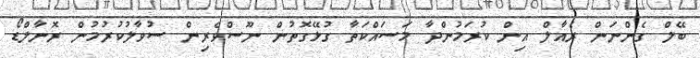
ބޭލް ގެންނަން ރެއާލް އިން ކުރަމުންދާ މަސައްކަތާ ގުޅޭގޮތުން ނޫސްވެރިން ސުވާލުކުުރުމުން ރޮނާލްޑޯ